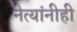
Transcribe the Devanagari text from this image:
नेत्यांनीही